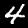
Digit: 4